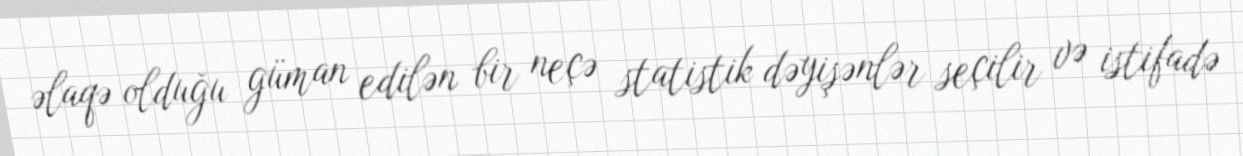
əlaqə olduğu güman edilən bir neçə statistik dəyişənlər seçilir və istifadə